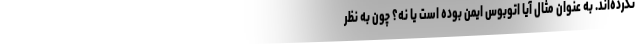
نکرده‌اند. به عنوان مثال آیا اتوبوس ایمن بوده است یا نه؟ چون به نظر